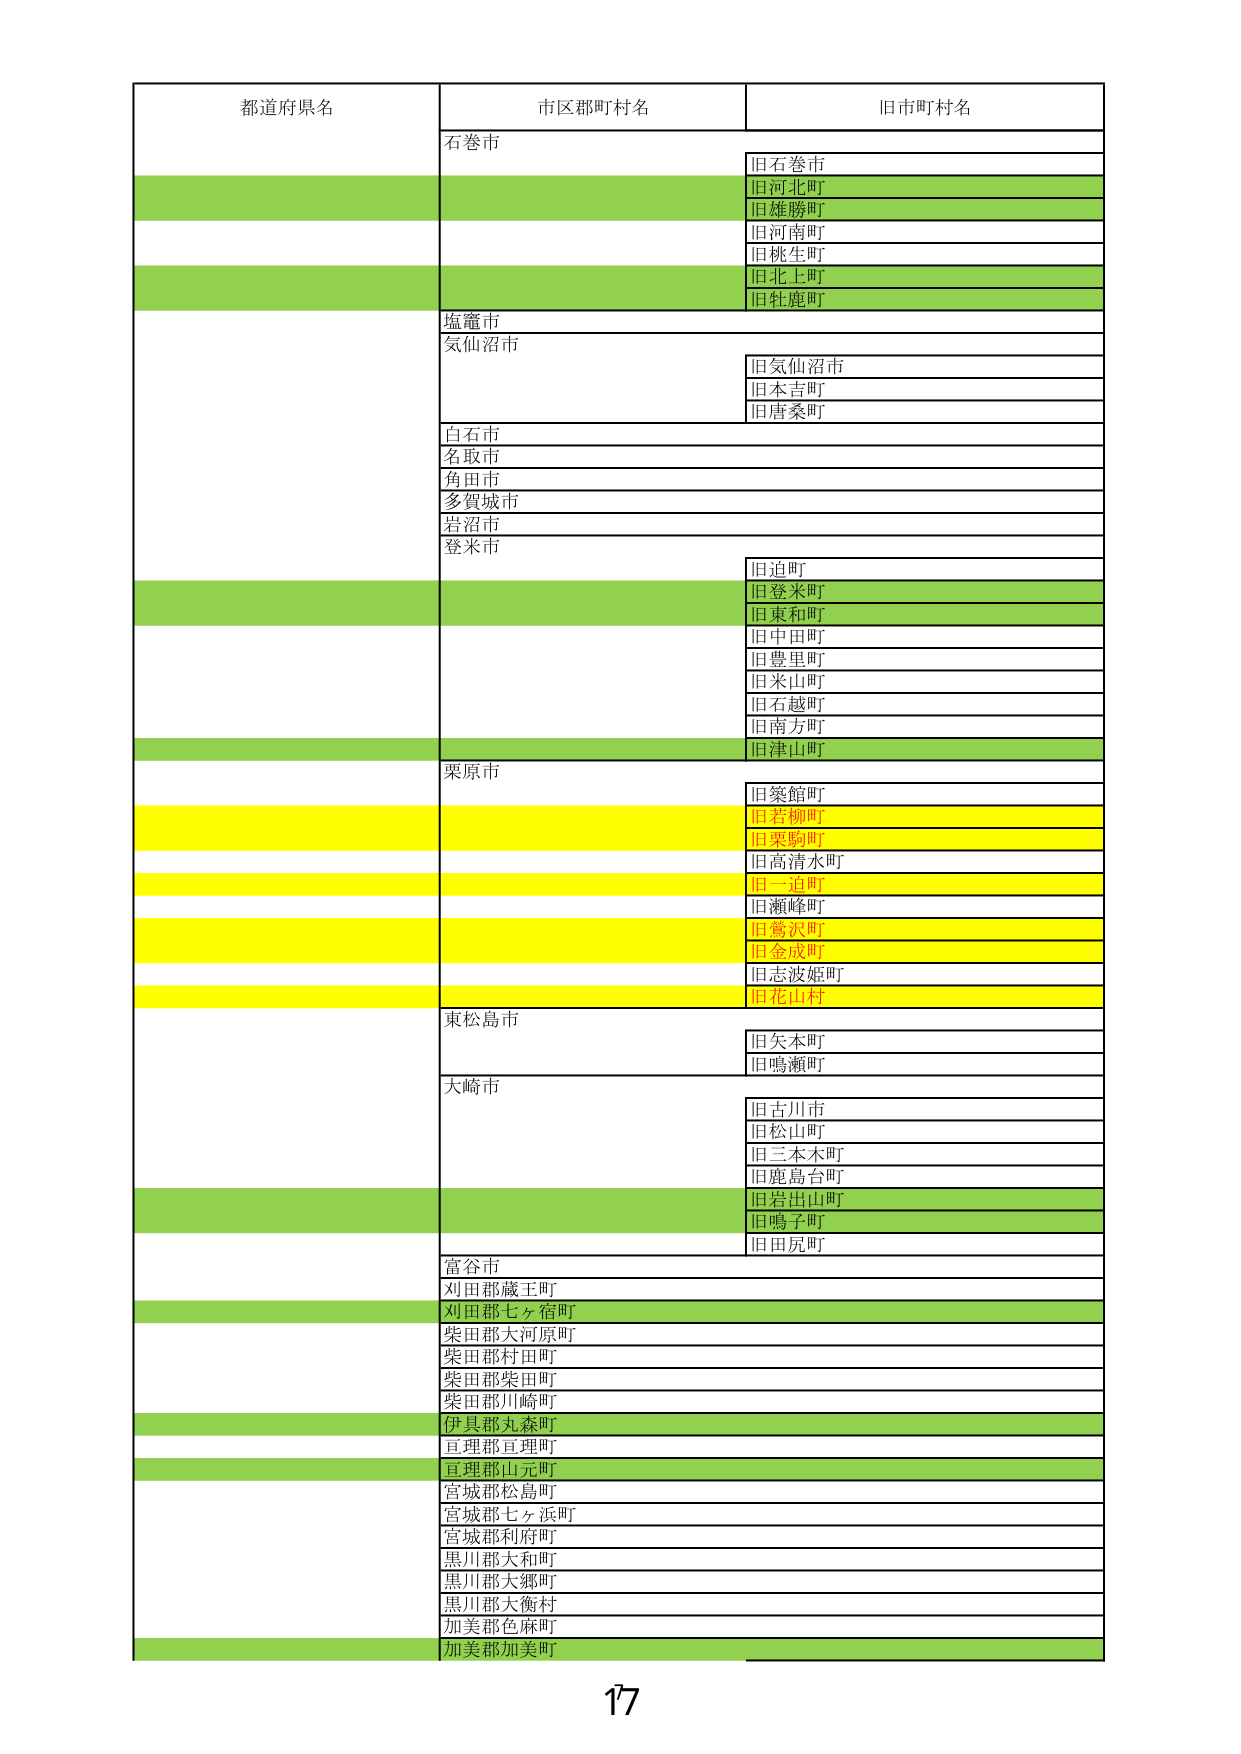
都道府県名
市区郡町村名
旧市町村名
石巻市
旧石巻市
旧河北町
旧雄勝町
旧河南町
旧桃生町
旧北上町
旧牡鹿町
塩竈市
気仙沼市
旧気仙沼市
旧本吉町
旧唐桑町
白石市
名取市
角田市
多賀城市
岩沼市
登米市
旧迫町
旧登米町
旧東和町
旧中田町
旧豊里町
旧米山町
旧石越町
旧南方町
旧津山町
栗原市
旧築館町
旧若柳町
旧栗駒町
旧高清水町
旧一迫町
旧瀬峰町
旧鶯沢町
旧金成町
旧志波姫町
旧花山村
東松島市
旧矢本町
旧鳴瀬町
大崎市
旧古川市
旧松山町
旧三本木町
旧鹿島台町
旧岩出山町
旧鳴子町
旧田尻町
富谷市
刈田郡蔵王町
刈田郡七ヶ宿町
柴田郡大河原町
柴田郡村田町
柴田郡柴田町
柴田郡川崎町
伊具郡丸森町
亘理郡亘理町
亘理郡山元町
宮城郡松島町
宮城郡七ヶ浜町
宮城郡利府町
黒川郡大和町
黒川郡大郷町
黒川郡大衡村
加美郡色麻町
加美郡加美町
17